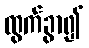
ထွက်ခွာ၍